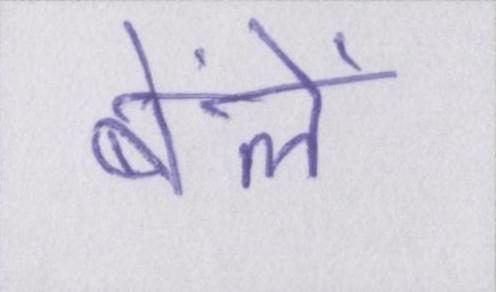
बेंलें